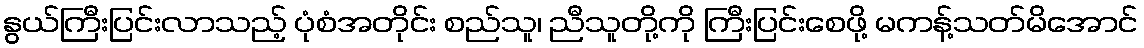
နွယ်ကြီးပြင်းလာသည့် ပုံစံအတိုင်း စည်သူ၊ ညီသူတို့ကို ကြီးပြင်းစေဖို့ မကန့်သတ်မိအောင်